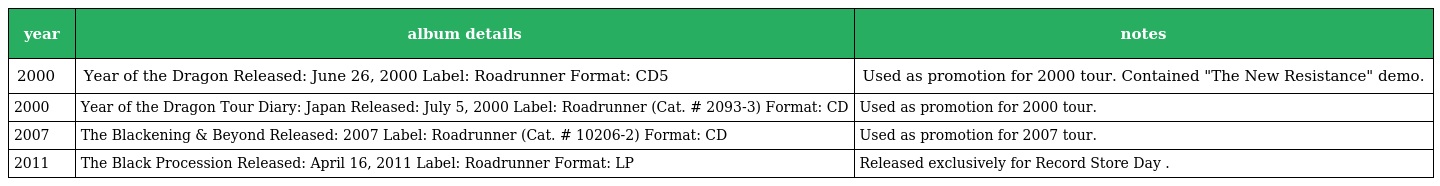
| year | album details | notes |
 | --- | --- | --- |
 | 2000 | Year of the Dragon Released: June 26, 2000 Label: Roadrunner Format: CD5 | Used as promotion for 2000 tour. Contained "The New Resistance" demo. |
 | 2000 | Year of the Dragon Tour Diary: Japan Released: July 5, 2000 Label: Roadrunner (Cat. # 2093-3) Format: CD | Used as promotion for 2000 tour. |
 | 2007 | The Blackening & Beyond Released: 2007 Label: Roadrunner (Cat. # 10206-2) Format: CD | Used as promotion for 2007 tour. |
 | 2011 | The Black Procession Released: April 16, 2011 Label: Roadrunner Format: LP | Released exclusively for Record Store Day . |